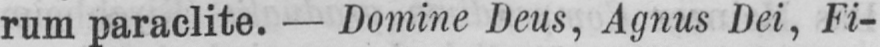
rum paraclite. - Domine Deus, Agnus Dei, Fi-